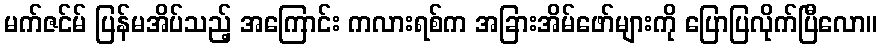
မက်ဇင်မ် ပြန်မအိပ်သည့် အကြောင်း ကလားရစ်က အခြားအိမ်ဖော်များကို ပြောပြလိုက်ပြီလော။